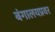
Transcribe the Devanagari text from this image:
बंगालयप्रवर